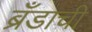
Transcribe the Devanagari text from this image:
ब्रँडाची